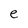
Character: e